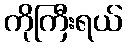
ကိုကြီးရယ်